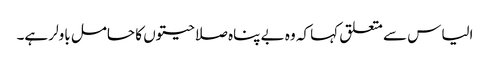
الیاس سے متعلق کہا کہ وہ بے پناہ صلاحیتوں کا حامل باولر ہے۔